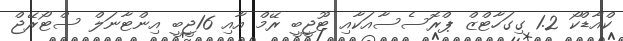
ކްއާޑްކޯ 1.2 ގިގަހާޓްޒް ޕްރޮސެސާއަކާއި ޓޫޖީބީ ރޭމް އާއި 16ޖީބީ އިންޓާނަލް ސްޓޯރޭޖް